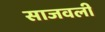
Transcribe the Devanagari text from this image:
साजवली